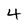
Character: 4